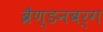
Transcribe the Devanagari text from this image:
ब्रैण्डनबर्ग